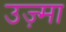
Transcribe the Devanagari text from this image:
उज़्मा